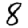
Digit: 8